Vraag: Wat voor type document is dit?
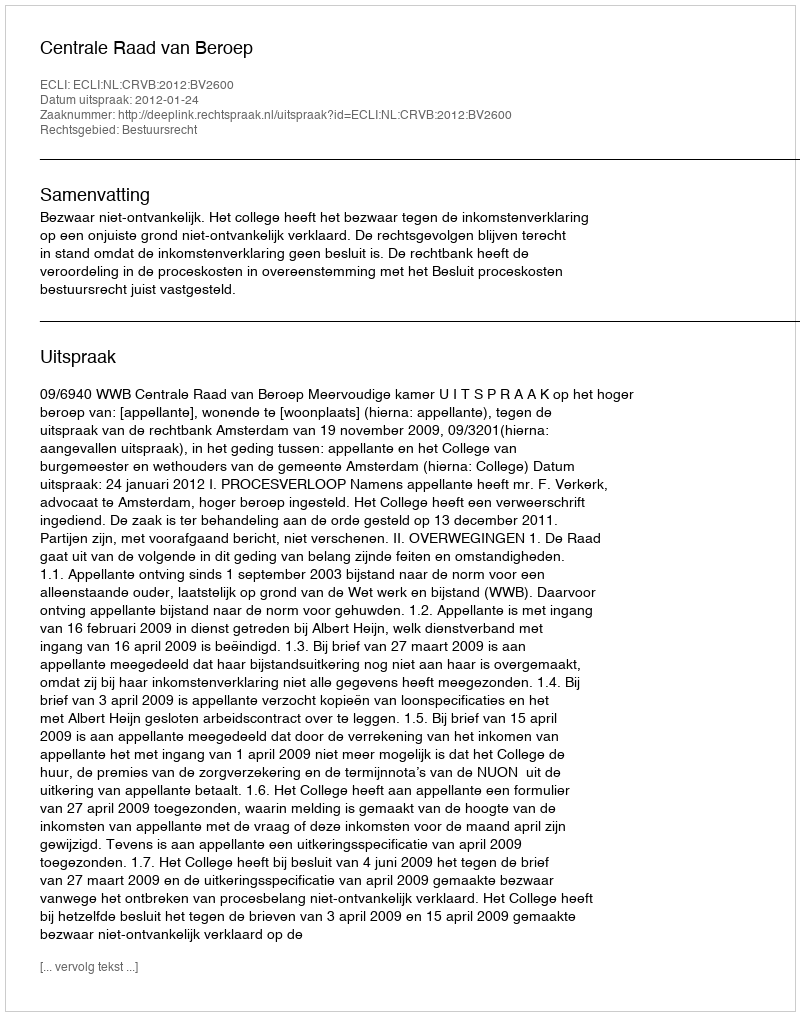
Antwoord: Uitspraak